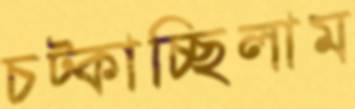
চট্‌কাচ্ছিলাম